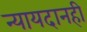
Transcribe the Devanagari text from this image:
न्यायदानही